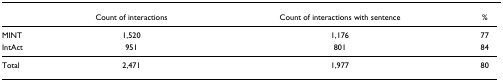
<table><thead><tr><td></td><td><b>Count of interactions</b></td><td><b>Count of interactions with sentence</b></td><td><b>%</b></td></tr></thead><tbody><tr><td>MINT</td><td>1,520</td><td>1,176</td><td>77</td></tr><tr><td>IntAct</td><td>951</td><td>801</td><td>84</td></tr><tr><td>Total</td><td>2,471</td><td>1,977</td><td>80</td></tr></tbody></table>